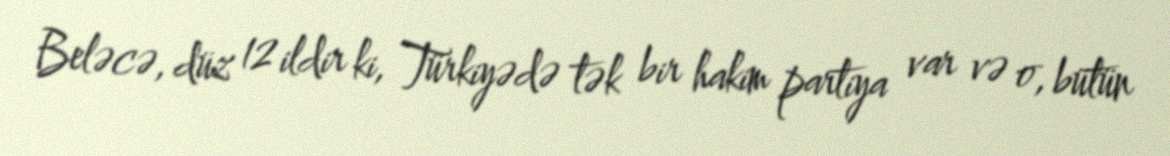
Beləcə, düz 12 ildir ki, Türkiyədə tək bir hakim partiya var və o, bütün